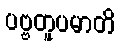
ပဗ္ဗတူပမာတိ